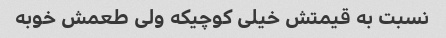
نسبت به قیمتش خیلی کوچیکه ولی طعمش خوبه